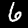
Label: 6